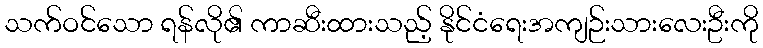
သက်ဝင်သော ရန်လို၏ ကာဆီးထားသည့် နိုင်ငံရေးအကျဉ်းသားလေးဦးကို